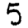
Digit: 5